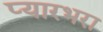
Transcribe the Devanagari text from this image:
प्यारभरा